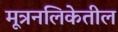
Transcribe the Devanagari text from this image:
मूत्रनलिकेतील